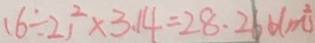
( 6 \div 2 ) ^ { 2 } \times 3 . 1 4 = 2 8 . 2 6 6 ( m ^ { 2 } )